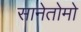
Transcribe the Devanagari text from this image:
सानेतोमो